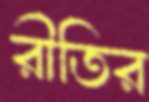
রীতির